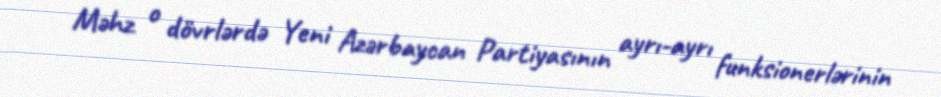
Məhz o dövrlərdə Yeni Azərbaycan Partiyasının ayrı-ayrı funksionerlərinin